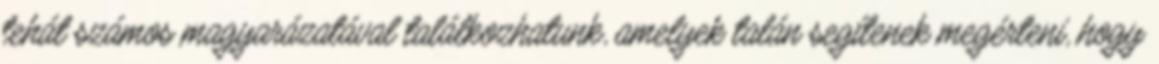
tehát számos magyarázatával találkozhatunk, amelyek talán segítenek megérteni, hogy